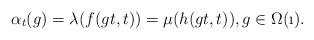
LaTeX: \begin{align*}\alpha_t(g)=\lambda(f(gt,t))=\mu(h(gt,t)),g\in \Omega(\i).\end{align*}